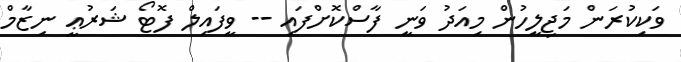
ވަކިކުރަން މަޖިލީހުން މިއަދު ވަނީ ފާސްކޮށްފައި -- ވީފައިލް ފޮޓޯ ޝަރުޢީ ނިޒާމް